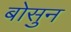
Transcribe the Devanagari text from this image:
बोसुन